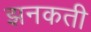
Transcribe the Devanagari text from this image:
झनकती